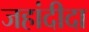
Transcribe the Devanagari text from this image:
जहांदीदा